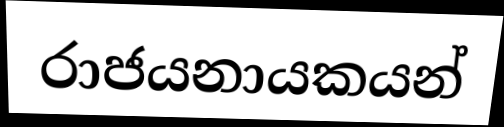
රාජයනායකයන්